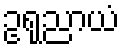
ဥရုညာယံ